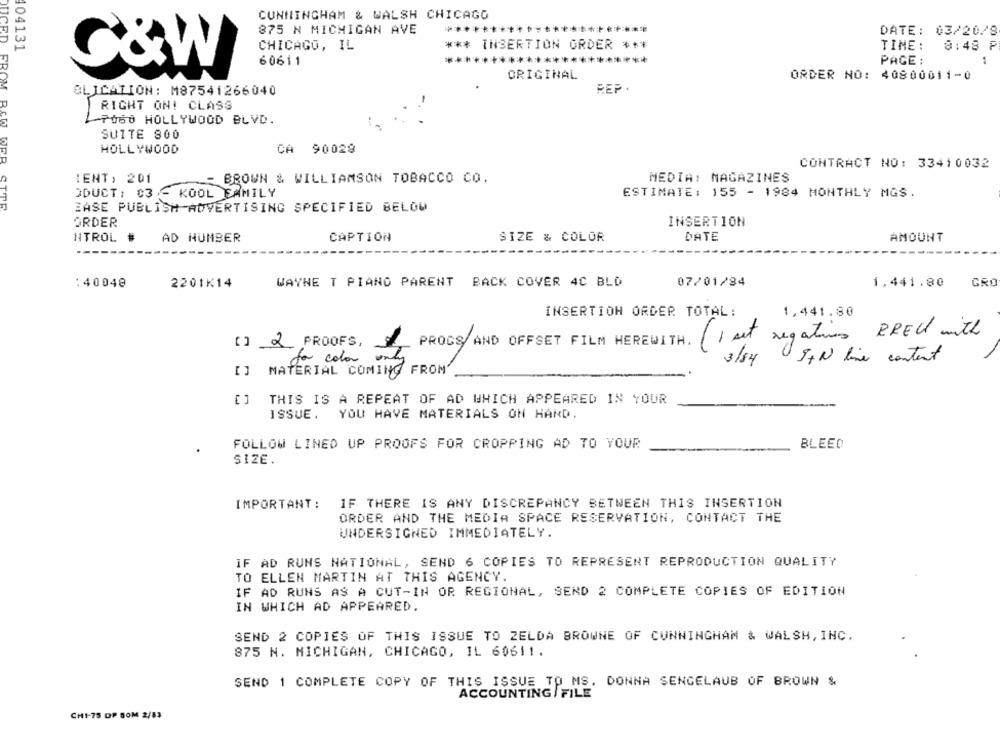
CUNNINGHAM & WALSH CHICAGO
875 N MICHIGAN AVE
DATE: 03/20/8
404131
CHICAGO, IL
*** INSERTION ORDER ***
TIME :
8:48 P
60611
******************
PAGE :
1
C&W
ORIGINAL
ORDER NO: 40800011-0
DUCED FROM
REP .
BLICATION: M87541266040
RIGHT ON! CLASS
LP060 HOLLYWOOD BLVD.
SUITE 800
HOLLYWOOD
CA 90028
RAW WER
CONTRACT NO: 33410032
IENT, 201
BROWN & WILLIAMSON TOBACCO CO.
MEDIA: MAGAZINES
ODUCT : 03
- KOOL FAMILY
ESTIMATE: 155 - 1984 MONTHLY MGS.
EASE PUBLISH ADVERTISING SPECIFIED BELOW
ORDER
INSERTION
NTROL
AD HUMBER
CAPTION
SIZE & COLOR
DATE
AMOUNT
:40048
2201K14
WAYNE T PIANO PARENT BACK COVER 4C BLD
07/01/84
1,441.80
GRO
INSERTION ORDER TOTAL:
1,441.80
(1 set negatives PREC with
2
PROOFS,
PROGS AND OFFSET FILM HEREWITH.
da color
IN line content
3/84
MATERIAL COMIN
FROM'
THIS IS A REPEAT OF AD WHICH APPEARED IN YOUR
ISSUE .
YOU HAVE MATERIALS ON HAND.
FOLLOW LINED UP PROOFS FOR CROPPING AD TO YOUR
BLEED
SIZE.
IMPORTANT:
IF THERE IS ANY DISCREPANCY BETWEEN THIS INSERTION
ORDER AND THE MEDIA SPACE RESERVATION, CONTACT THE
UNDERSIGNED IMMEDIATELY.
IF AD RUNS NATIONAL, SEND 6 COPIES TO REPRESENT REPRODUCTION QUALITY
TO ELLEN MARTIN AT THIS AGENCY.
IF AD RUNS AS A CUT-IN OR REGIONAL, SEND 2 COMPLETE COPIES OF EDITION
IN WHICH AD APPEARED.
SEND 2 COPIES OF THIS ISSUE TO ZELDA BROWNE OF CUNNINGHAM & WALSH, INC.
875 N. MICHIGAN, CHICAGO, IL 60611.
SEND 1 COMPLETE COPY OF THIS ISSUE TO MS. DONNA SENGELAUB OF BROWN &
ACCOUNTING / FILE
CHI-75 DP SOM 2/83